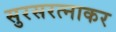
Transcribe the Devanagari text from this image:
सुरसरत्नाकर